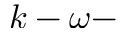
k - \omega -